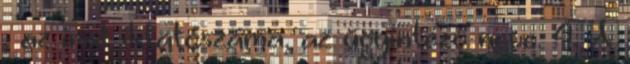
, az irat iktatószáma, az ügyintéző neve. 4. A